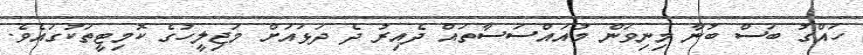
ހައްގު ބަސް ބުނާ މިނިވަން މުއައްސަސާތައް ދެއިރު ދެ ދަޅައަށް މަޖިލީހުގެ ކޮމިޓީތަކުގައެވެ.